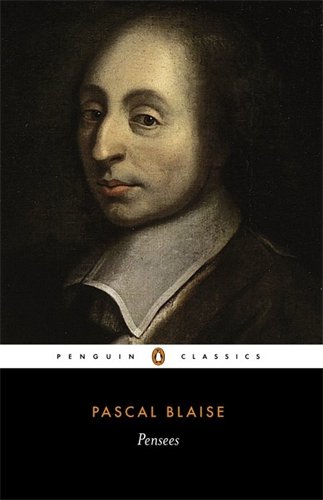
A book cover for Pensees (Penguin Classics); Blaise Pascal; Literature & Fiction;